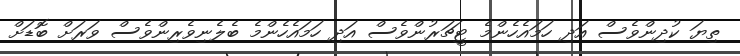
ތިޔަ ކުދިންވެސް އަދި ހަމައެހެންމެ ޓީޗަރުންވެސް އަދި ހަމައެހެންމެ ބެލެނިވެރިންވެސް ވަރަށް ބޮޑަށް